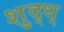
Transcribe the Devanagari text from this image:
शुद्ध्